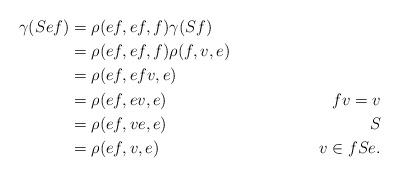
LaTeX: \begin{align*}\gamma(Sef)&=\rho(ef,ef,f)\gamma(Sf)\\&=\rho(ef,ef,f)\rho(f,v,e)\\&=\rho(ef,efv,e)\\&=\rho(ef,ev,e)&fv=v\\&=\rho(ef,ve,e)&S\\&=\rho(ef,v,e)&v\in fSe.\end{align*}